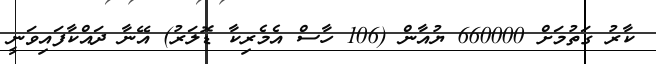
ކާރު ގަތުމަށް 660000 ޔުއާން (106 ހާސް އެމެރިކާ ޑޮލަރު) އޭނާ ދައްކާފައިވަނީ